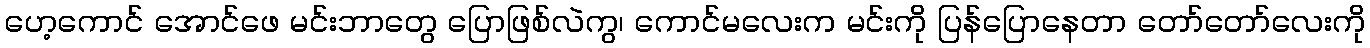
ဟေ့ကောင် အောင်ဖေ မင်းဘာတွေ ပြောဖြစ်လဲကွ၊ ကောင်မလေးက မင်းကို ပြန်ပြောနေတာ တော်တော်လေးကို